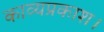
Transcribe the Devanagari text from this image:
काव्यप्रकाश।